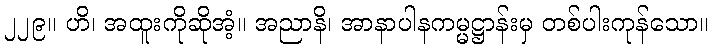
၂၂၉။ ဟိ၊ အထူးကိုဆိုအံ့။ အညာနိ၊ အာနာပါနကမ္မဋ္ဌာန်းမှ တစ်ပါးကုန်သော။